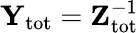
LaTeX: \mathbf{Y}_{\mathrm{tot}}=\mathbf{Z}_{\mathrm{tot}}^{-1}